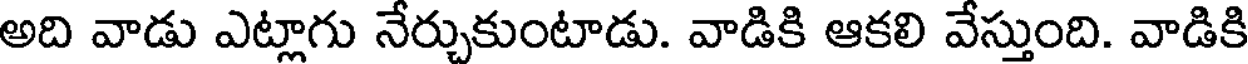
అది వాడు ఎట్లాగు నేర్చుకుంటాడు. వాడికి ఆకలి వేస్తుంది. వాడికి